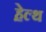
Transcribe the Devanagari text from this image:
हे़ल्थ